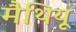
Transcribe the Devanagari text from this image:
मैथियू